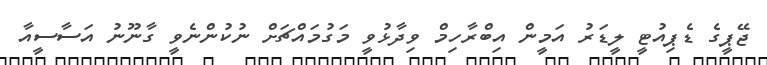
ޖޭޕީގެ ޑެޕިއުޓީ ލީޑަރު އަމީން އިބްރާހިމް ވިދާޅުވީ މަގުމައްޗަށް ނުކުންނެވީ ގާނޫނު އަސާސީއާ